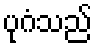
ပုဂံသည်